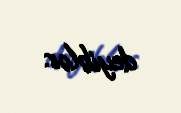
deyiblər.